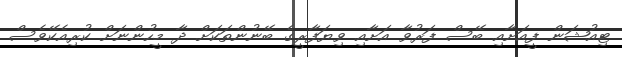
ޓިއުޝަން ފީއަށާއި ބޭސް ފަރުވާ އަށާއި ވިޔަފާރީގެ ބޭނުންތަކަށް ދާ މީހުންނަށް ކުރިއެކޭވެސް